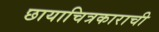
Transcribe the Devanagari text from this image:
छायाचित्रकाराची